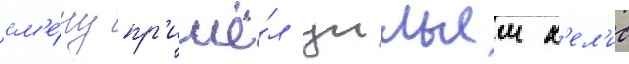
см'е́ну пр'ишё́л уильям х'ел'ис